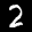
Label: 2